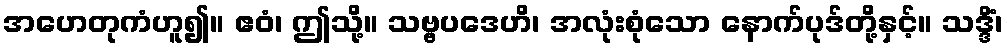
အဟေတုကံဟူ၍။ ဧဝံ၊ ဤသို့။ သဗ္ဗပဒေဟိ၊ အလုံးစုံသော နောက်ပုဒ်တို့နှင့်။ သဒ္ဒိံ၊